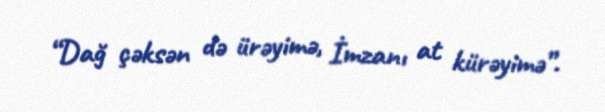
“Dağ çəksən də ürəyimə, İmzanı at kürəyimə”.